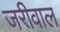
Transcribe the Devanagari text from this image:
जरीवाल